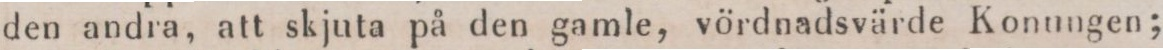
den andra, att skjuta på den gamle, vördnadsvärde Konungen;